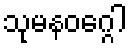
သုမနဝဂ္ဂေါ